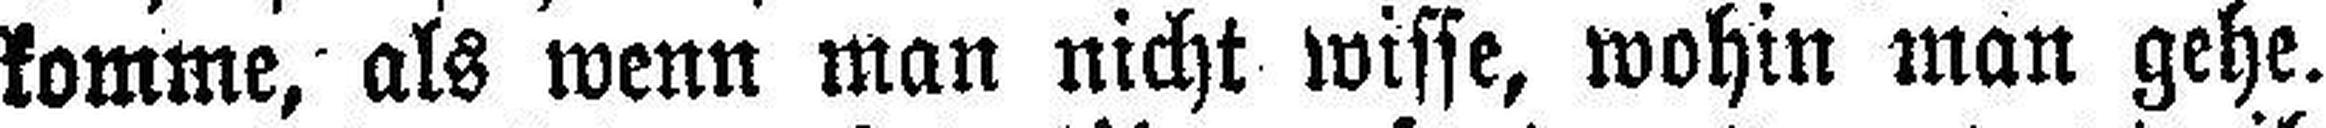
komme, als wenn man nicht wisse, wohin man gehe.